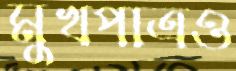
মুখপাত্রও